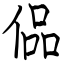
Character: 偘